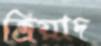
ত্রিয়াদ